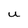
Character: u